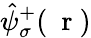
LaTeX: \hat{\psi}_{\sigma}^{+}(\mathrm{~\mathbf~r~})